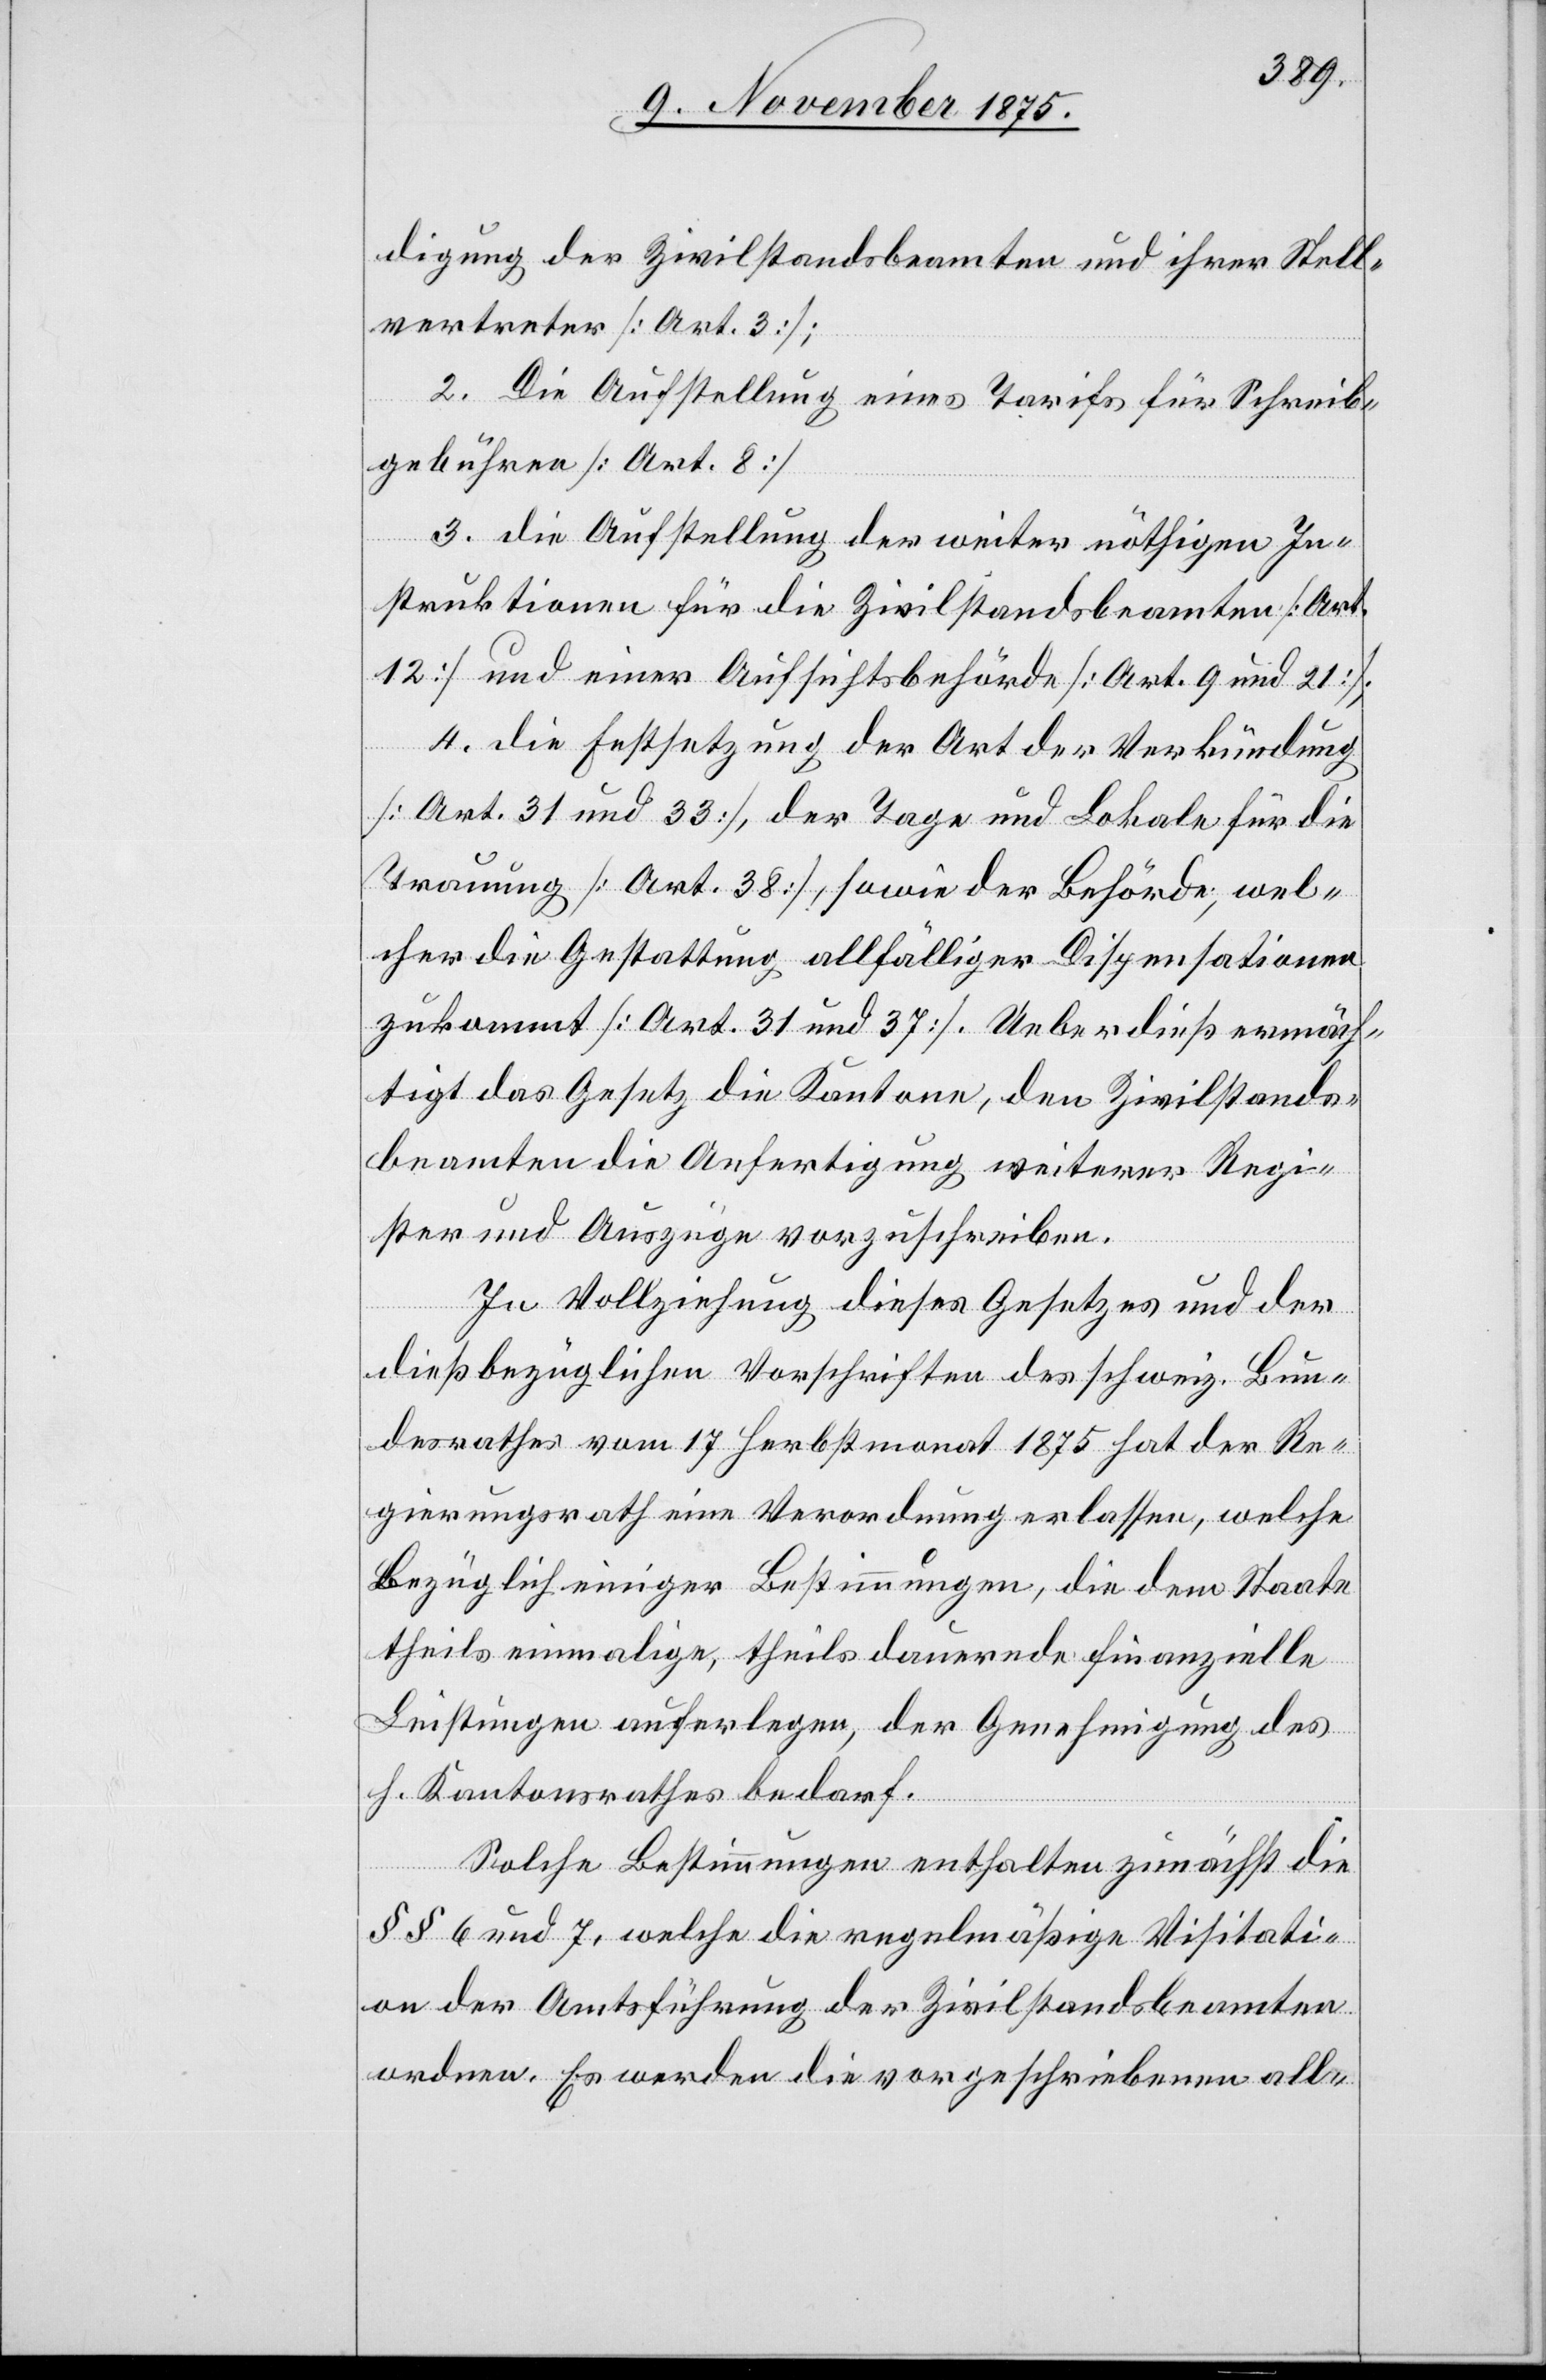
digung der Zivilstandsbeamten und ihrer Stell¬
vertreter [Art. 3];
2. Die Aufstellung eines Tarifs für Schreib¬
gebühren [Art. 8]
3. die Aufstellung der weiter nöthigen In¬
struktionen für die Zivilstandsbeamten [Art.
12] und einer Aufsichtsbehörde [Art. 9 und 21];
4. die Festsetzung der Art der Verkündung
[Art. 31 und 33], der Tage und Lokale für die
Trauung [Art. 38], sowie der Behörde, wel¬
cher die Gestattung allfälliger Dispensationen
zukommt [Art. 31 und 37]. Ueberdieß ermäch¬
tigt das Gesetz die Kantone, den Zivilstands¬
beamten die Anfertigung weiterer Regi¬
ster und Auszüge vorzuschreiben.
In Vollziehung dieses Gesetzes und der
dießbezüglichen Vorschriften des schweiz. Bun¬
desrathes vom 17. Herbstmonat 1875 hat der Re¬
gierungsrath eine Verordnung erlassen, welche
Bezüglich [sic!] einiger Bestimmungen, die dem Staate
theils einmalige, theils dauernde finanzielle
Leistungen auferlegen, der Genehmigung des
h. Kantonsrathes bedarf.
Solche Bestimmungen enthalten zunächst die
§§ 6 und 7, welche die regelmäßige Visitati¬
on der Amtsführung der Zivilstandsbeamten
ordnen. Es werden die vorgeschriebenen all-